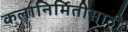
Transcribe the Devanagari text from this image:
कलानिर्मितीसाठी